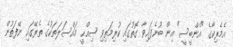
އެމެރިކާގެ "އެންބީސީ" އިން ބުނެފައިވާ ގޮތުގައި ކުރިމަތިވި ޞިއްޙީ މައްސަލަތަކުގެ ތެރޭގައި ނޭފަތުން